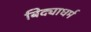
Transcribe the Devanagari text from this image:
बिद्याधर्म